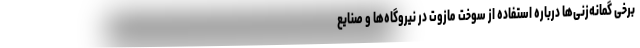
برخی گمانه‌زنی‌ها درباره استفاده از سوخت مازوت در نیروگاه‌ها و صنایع